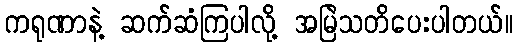
ကရုဏာနဲ့ ဆက်ဆံကြပါလို့ အမြဲသတိပေးပါတယ်။